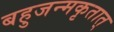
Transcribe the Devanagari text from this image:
बहुजन्मकृतात्